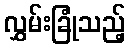
လွှမ်းခြုံသည့်